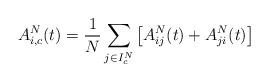
LaTeX: \begin{align*}A_{i,c}^{N}(t)=\frac{1}{N}\sum_{j\in I_{c}^{N}}\left[A_{ij}^{N}(t)+A_{ji}^{N}(t)\right]\end{align*}